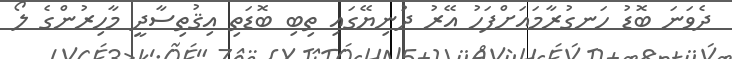
ދެވަނަ ބޮޑު ހަނގުރާމައަށްފަހު އޭރު ދުނިޔޭގައި ތިބި ބޮޑަތި އިޤުތިސާދީ މާހިރުންގެ ލޯ